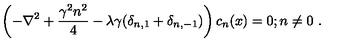
\left( - \nabla ^ { 2 } + \frac { \gamma ^ { 2 } n ^ { 2 } } { 4 } - \lambda \gamma ( \delta _ { n , 1 } + \delta _ { n , - 1 } ) \right) c _ { n } ( x ) = 0 ; n \neq 0 \ .